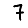
Digit: 7